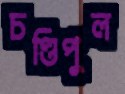
চণ্ডিপুল